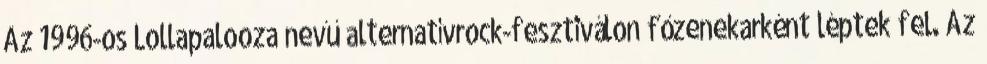
Az 1996-os Lollapalooza nevű alternatívrock-fesztiválon főzenekarként léptek fel. Az